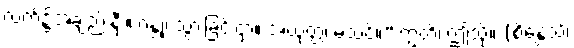
လက်၌အချည်းနှီး။ ဂန္တုံ၊ သွားခြင်းငှာ။ အယုတ္တံ၊ မသင့်။” ဣတိ၊ ဤသို့။ (စိန္တေသိ၊